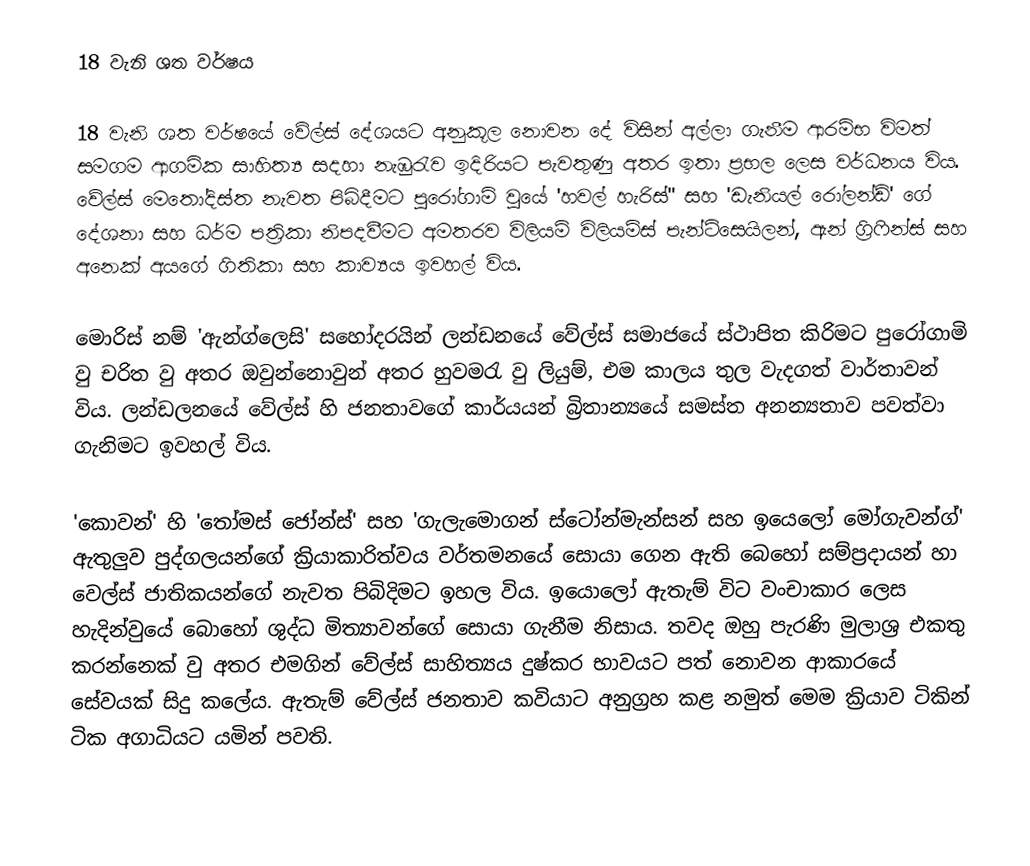
18 වැනි ශත වර්ෂය

	18 වැනි ශත වර්ෂයේ වේල්ස් දේශයට අනුකූල නොවන දේ විසින් අල්ලා ගැනීම ආරම්භ විමත් සමගම ආගමික සාහිත්‍ය සදහා නැඹුරැව ඉදිරියට පැවතුණු අතර ඉතා ප්‍රභල‍ ලෙස වර්ධනය විය. වේල්ස් මෙතෝදිස්ත නැවත පිබිදීමට පුරෝගාමි වුයේ 'හවල් හැරිස්" සහ 'ඩැනියල්‍ රෝලන්ඩ්' ගේ දේශනා සහ ධර්ම පත්‍රිකා නිපදවීමට අමතරව විලියම් විලියම්ස් පැන්ටිසෙයිලන්, ඇන් ග්‍රිෆින්ස් සහ අනෙක් අයගේ ගිතිකා සහ කාව්‍යය ඉවහල් විය.

	මොරිස් නම් 'ඇන්ග්ලෙසි' සහෝදරයින් ලන්ඩනයේ වේල්ස් සමාජයේ ස්ථාපිත කිරිමට පුරෝගාමි වු චරිත වු අතර ඔවුන්නොවුන් අතර හුවමරැ වු ලියුම්, එම කාලය තුල වැදගත් වාර්තාවන් විය. ලන්ඩලනයේ වේල්ස් හි ජනතාවගේ කාර්යයන් බ්‍රිතාන්‍යයේ සමස්ත අනන්‍යතාව පවත්වා ගැනිමට ඉවහල් විය.

	‍'කොවන්' හි ‍'තෝමස් ජෝන්ස්' සහ 'ගැලැමොගන් ස්ටෝන්මැන්සන් සහ ඉයෙලෝ මෝගැවන්ග්' ඇතුලුව පුද්ගලයන්ගේ ක්‍රියාකාරිත්වය වර්තමනයේ සොයා ගෙන ඇති බෙහෝ සම්ප්‍රදායන් හා වෙල්ස් ජාතිකයන්ගේ නැවත පිබිදිමට ඉහල විය. ඉයොලෝ ඇතැම් විට වංචාකාර ලෙස හැදින්වුයේ ‍බොහෝ ශුද්ධ මිත්‍යාවන්ගේ සොයා ගැනීම නිසාය. තවද ඔහු පැරණි මුලාශ්‍ර එකතු කරන්නෙක් වු අතර එමගින් වේල්ස් සාහිත්‍යය දුෂ්කර භාවයට පත් නොවන ආකාරයේ සේවයක් සිදු කලේය. ඇතැම් වේල්ස් ජනතාව කවියාට අනුග්‍රහ කළ නමුත් මෙම ක්‍රියාව ටි‍කින් ටික අගාධියට යමින් පවති.